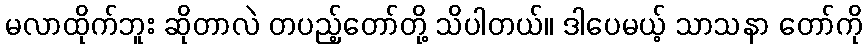
မလာထိုက်ဘူး ဆိုတာလဲ တပည့်တော်တို့ သိပါတယ်။ ဒါပေမယ့် သာသနာ တော်ကို